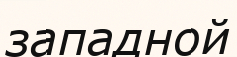
западной